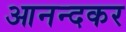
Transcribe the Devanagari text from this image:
आनन्दकर